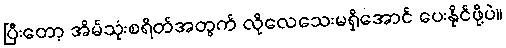
ပြီးတော့ အိမ်သုံးစရိတ်အတွက် လိုလေသေးမရှိအောင် ပေးနိုင်ဖို့ပဲ။